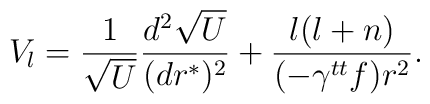
V_l = {1\over \sqrt{U}} {d^2 \sqrt{U}\over (dr^*)^2}+{l(l+n)\over (-\gamma^{tt} f) r^2}.